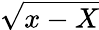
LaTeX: \sqrt{x-X}